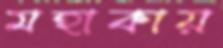
মহাকায়